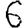
Digit: 6